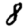
Digit: 8